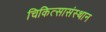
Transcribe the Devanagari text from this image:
चिकित्सासंस्थान